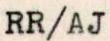
RR/AJ